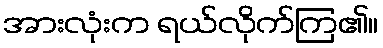
အားလုံးက ရယ်လိုက်ကြ၏။